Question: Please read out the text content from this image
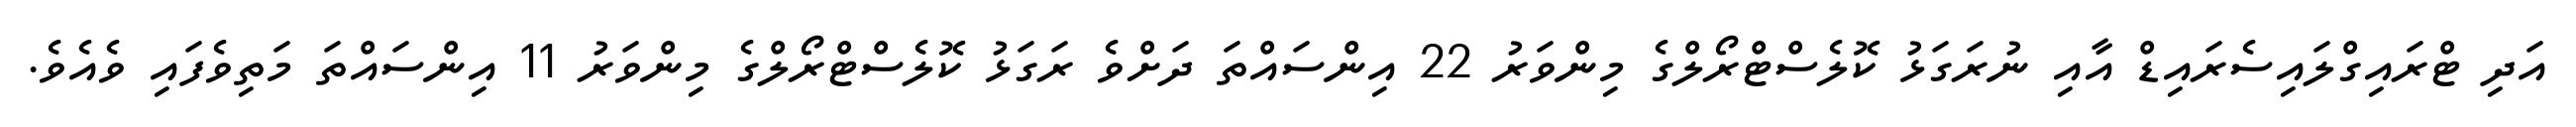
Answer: އަދި ޓްރައިގްލައިސެރައިޑް އާއި ނުރަގަޅު ކޮލެސްޓްރޯލްގެ މިންވަރު 22 އިންސައްތަ ދަށްވެ ރަގަޅު ކޮލެސްޓްރޯލްގެ މިންވަރު 11 އިންސައްތަ މަތިވެފައި ވެއެވެ.